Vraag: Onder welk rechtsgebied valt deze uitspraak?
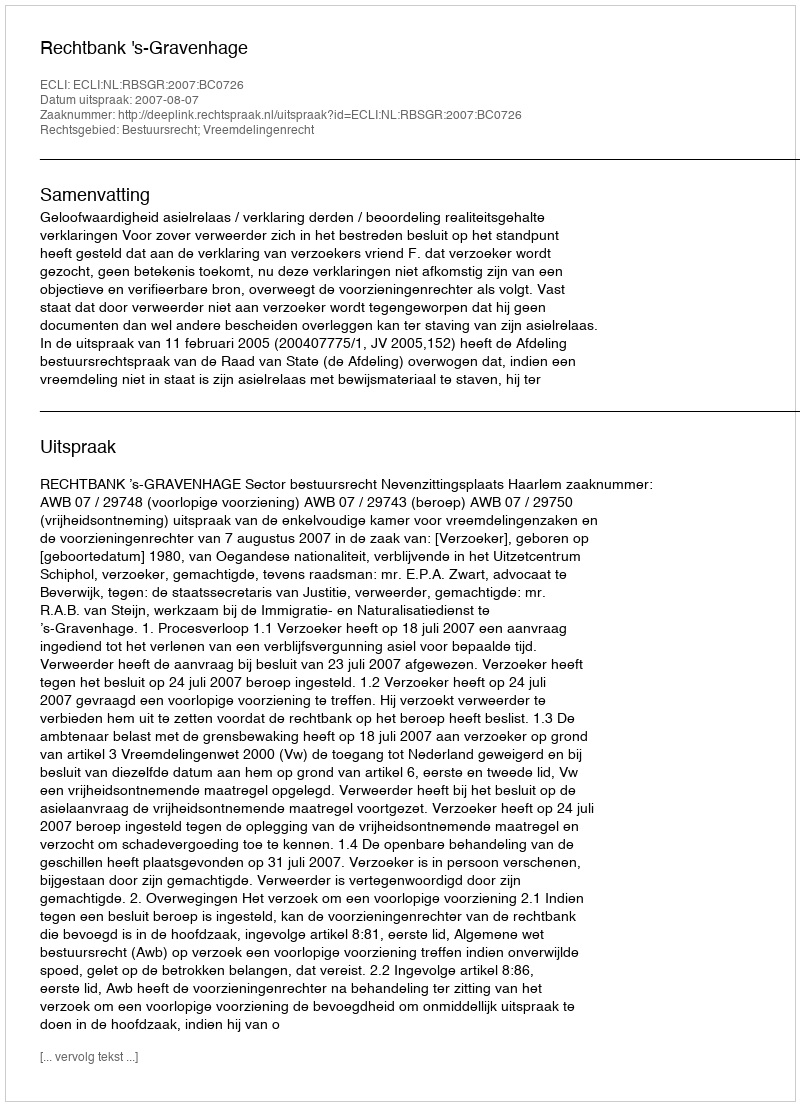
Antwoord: Bestuursrecht; Vreemdelingenrecht